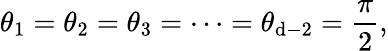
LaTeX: \theta_{1}=\theta_{2}=\theta_{3}=\cdots=\theta_{\mathrm{d}-2}=\frac{{\pi}}{{2}},